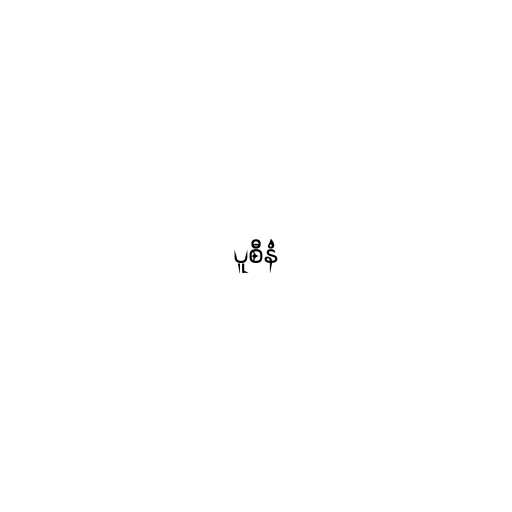
ပူစီနံ